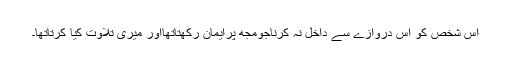
اُس شخص کو اِس دروازے سے داخل نہ کرناجومجھ پرایمان رکھتاتھااور میری تلاوت کیا کرتاتھا۔